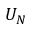
U _ { N }